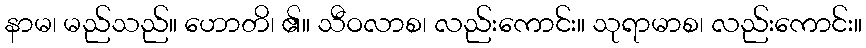
နာမ၊ မည်သည်။ ဟောတိ၊ ၏။ သီဝလာစ၊ လည်းကောင်း။ သုရာမာစ၊ လည်းကောင်း။